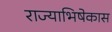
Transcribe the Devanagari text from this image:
राज्याभिषेकास